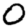
Digit: 0